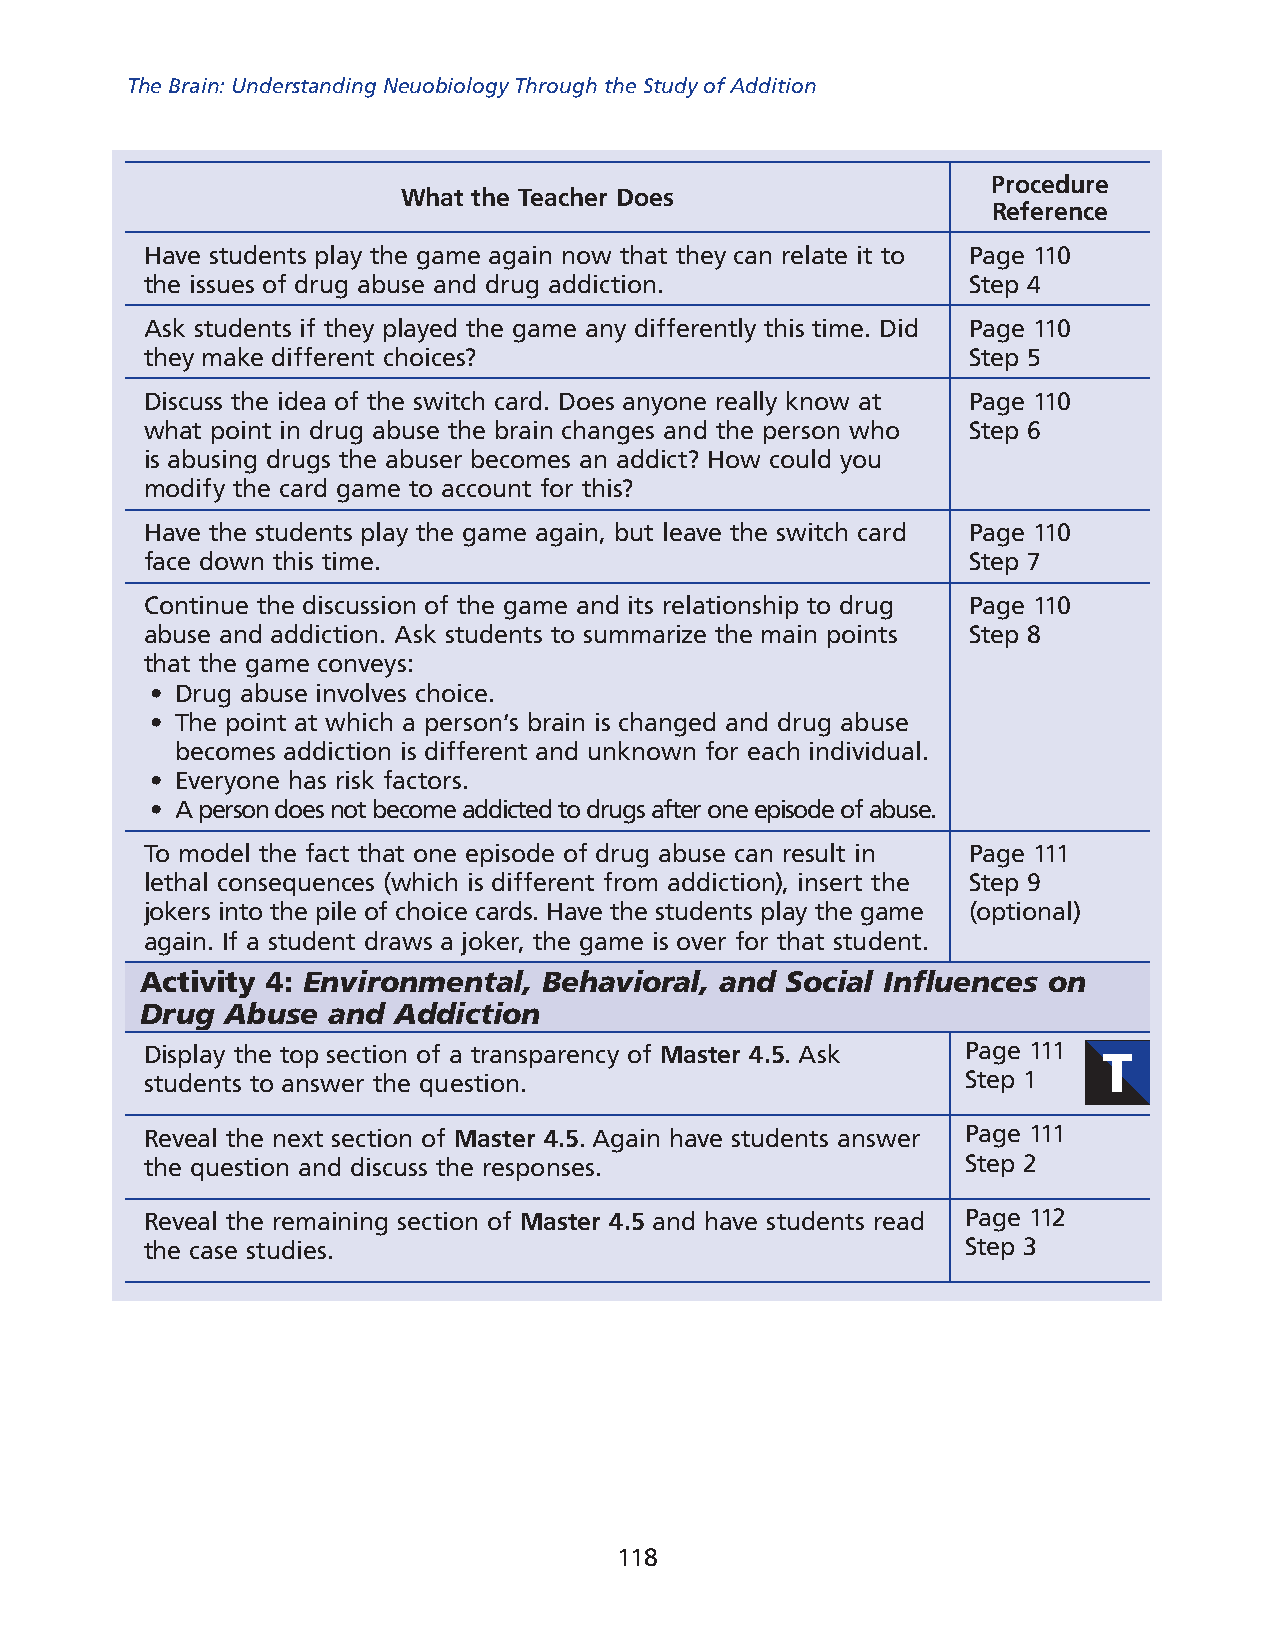
The Brain: Understanding Neuobiology Through the Study of Addition
 Procedure
 What the Teacher Does
 reference
 Have students play the game again now that they can relate it to Page 110
 the issues of drug abuse and drug addiction.          Step 4
 Ask students if they played the game any differently this time. Did Page 110
 they make different choices?                          Step 5
 Discuss the idea of the switch card. Does anyone really know at Page 110
 what point in drug abuse the brain changes and the person who Step 6
 is abusing drugs the abuser becomes an addict? How could you
 modify the card game to account for this?
 Have the students play the game again, but leave the switch card Page 110
 face down this time.                                  Step 7
 Continue the discussion of the game and its relationship to drug Page 110
 abuse and addiction. Ask students to summarize the main points Step 8
 that the game conveys:
 • Drug abuse involves choice.
 • The point at which a person’s brain is changed and drug abuse
 becomes addiction is different and unknown for each individual.
 • Everyone has risk factors.
 • A person does not become addicted to drugs after one episode of abuse.
 To model the fact that one episode of drug abuse can result in Page 111
 lethal consequences (which is different from addiction), insert the Step 9
 jokers into the pile of choice cards. Have the students play the game (optional)
 again. If a student draws a joker, the game is over for that student.
 Activity 4: Environmental, Behavioral, and Social Influences on
 Drug  Abuse  and Addiction
 Display the top section of a transparency of Master 4.5. Ask Page 111
 students to answer the question.                      Step 1
 Reveal the next section of Master 4.5. Again have students answer Page 111
 the question and discuss the responses.               Step 2
 Reveal the remaining section of Master 4.5 and have students read Page 112
 the case studies.                                     Step 3
 118